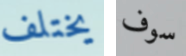
يختلف سوف